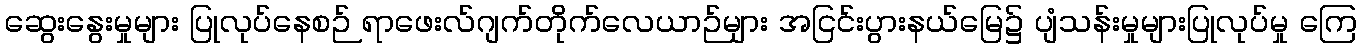
ဆွေးနွေးမှုများ ပြုလုပ်နေစဉ် ရာဖေးလ်ဂျက်တိုက်လေယာဉ်များ အငြင်းပွားနယ်မြေ၌ ပျံသန်းမှုများပြုလုပ်မှု ကြေ